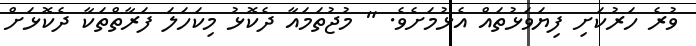
ވުރެ ހަރުކަށި ފިޔަވަޅުތައް އެޅުމަށެވެ. " މުޖުތަމައާ ދެކޮޅު މިކަހަލަ ފަރާތްތަކާ ދެކޮޅަށް